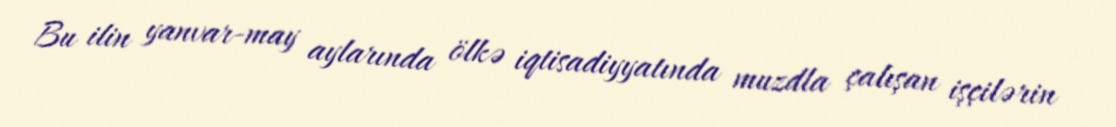
Bu ilin yanvar-may aylarında ölkə iqtisadiyyatında muzdla çalışan işçilərin